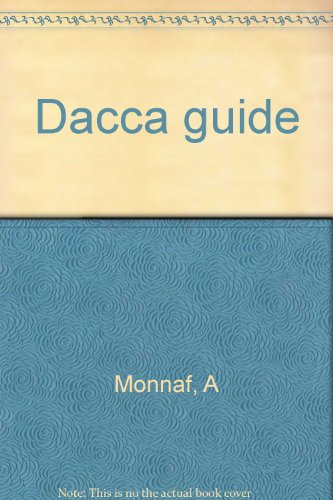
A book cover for Dacca guide; A Monnaf; Travel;